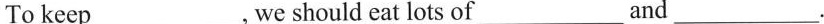
Tokeep___,we should eat lots of___and___.